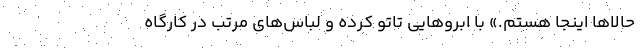
حالاها اینجا هستم.» با ابروهایی تاتو کرده و لباس‌های مرتب در کارگاه